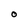
Character: O